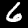
Label: 6